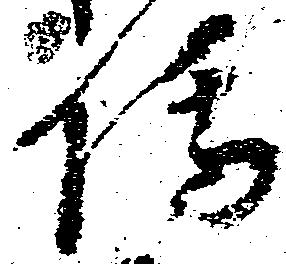
伝